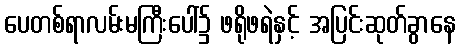
ပေတစ်ရာလမ်းမကြီးပေါ်၌ ဖရိုဖရဲနှင့် အပြင်းဆုတ်ခွာနေ